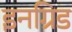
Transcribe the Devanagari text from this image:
इनग्रिड